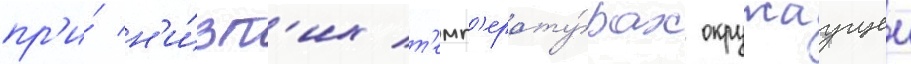
пр'и́ н'и́зк'их т'емп'ерату́рах окружаущеи